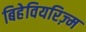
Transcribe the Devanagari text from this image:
बिहेवियरिज़्म